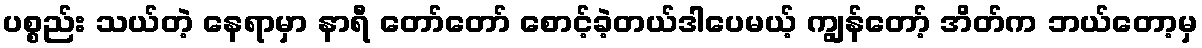
ပစ္စည်း သယ်တဲ့ နေရာမှာ နာရီ တော်တော် စောင့်ခဲ့တယ်ဒါပေမယ့် ကျွန်တော့် အိတ်က ဘယ်တော့မှ